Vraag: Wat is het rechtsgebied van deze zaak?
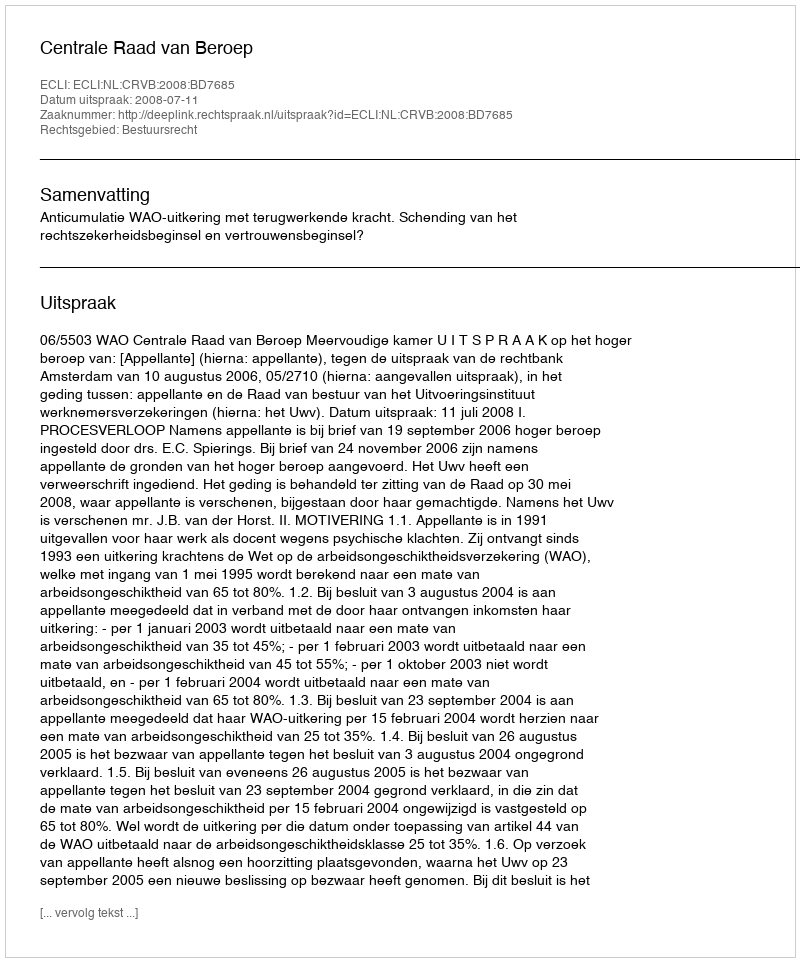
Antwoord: Bestuursrecht